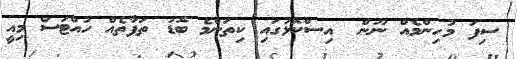
ސިފަ މުހިންމެއް ނޫން  އިސްކޮޅުގައި ކިތަންމެ ބޮޑު ތަފާތެއް ހުއްޓަސް މިއީ